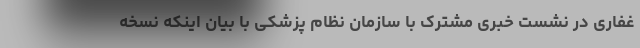
غفاری در نشست خبری مشترک با سازمان نظام پزشکی با بیان اینکه نسخه